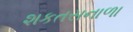
શકતસનાળા